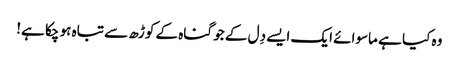
وہ کیا ہے ماسوائے ایک ایسے دِل کے جو گناہ کے کوڑھ سے تباہ ہو چکا ہے!